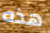
هذه